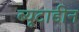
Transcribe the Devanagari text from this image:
ब्यूटाडीन